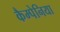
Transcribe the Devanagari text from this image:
कैम्पेनिया